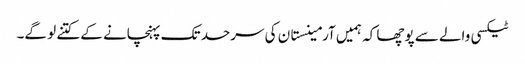
ٹیکسی والے سے پوچھا کہ ہمیں آرمینستان کی سرحد تک پہنچانے کے کتنے لو گے۔